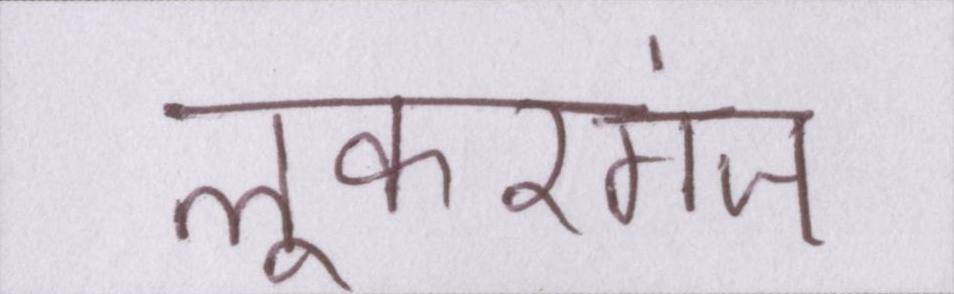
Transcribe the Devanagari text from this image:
लूकरगंज